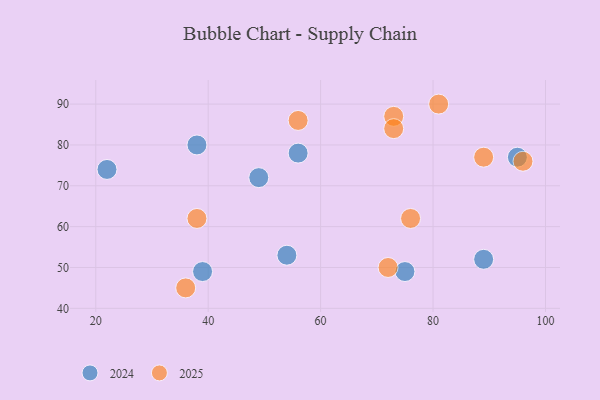
{"axis": {"x": "GDP", "y": "Life Expectancy"}, "legend": ["2024", "2025"], "data": [{"x": "89", "y": 77, "type": "2025"}, {"x": "76", "y": 62, "type": "2025"}, {"x": "72", "y": 50, "type": "2025"}, {"x": "73", "y": 87, "type": "2025"}, {"x": "36", "y": 45, "type": "2025"}, {"x": "38", "y": 62, "type": "2025"}, {"x": "56", "y": 86, "type": "2025"}, {"x": "96", "y": 76, "type": "2025"}, {"x": "73", "y": 84, "type": "2025"}, {"x": "81", "y": 90, "type": "2025"}, {"x": "49", "y": 72, "type": "2024"}, {"x": "39", "y": 49, "type": "2024"}, {"x": "75", "y": 49, "type": "2024"}, {"x": "89", "y": 52, "type": "2024"}, {"x": "95", "y": 77, "type": "2024"}, {"x": "22", "y": 74, "type": "2024"}, {"x": "56", "y": 78, "type": "2024"}, {"x": "38", "y": 80, "type": "2024"}, {"x": "54", "y": 53, "type": "2024"}]}